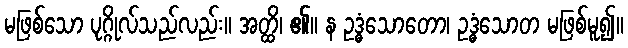
မဖြစ်သော ပုဂ္ဂိုလ်သည်လည်း။ အတ္ထိ၊ ၏။ န ဥဒ္ဓံသောတော၊ ဥဒ္ဓံသောတ မဖြစ်မူ၍။